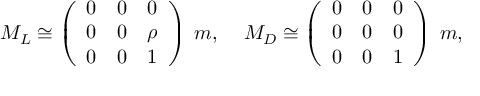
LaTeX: M _ { L } \cong \left( \begin{array} { c c c } { { 0 } } & { { 0 } } & { { 0 } } \\ { { 0 } } & { { 0 } } & { { \rho } } \\ { { 0 } } & { { 0 } } & { { 1 } } \end{array} \right) \; m , \; \; \; \; M _ { D } \cong \left( \begin{array} { c c c } { { 0 } } & { { 0 } } & { { 0 } } \\ { { 0 } } & { { 0 } } & { { 0 } } \\ { { 0 } } & { { 0 } } & { { 1 } } \end{array} \right) \; m ,